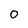
Character: 0